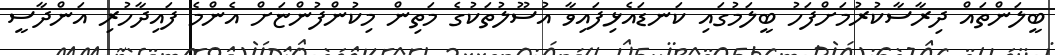
ބީލަންތައް ދިރާސާކުރުމަށްފަހު ބީލަމުގައި ކަނޑައެޅިފައިވާ އުސޫލުތަކުގެ މަތިން މިކުންފުންޏަށް އެންމެ ފައިދާހުރި އަންދާސީ